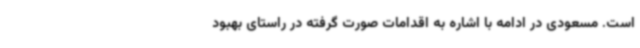
است. مسعودی در ادامه با اشاره به اقدامات صورت گرفته در راستای بهبود